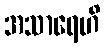
အသာရေဟိ